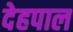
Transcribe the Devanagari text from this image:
देहपाल